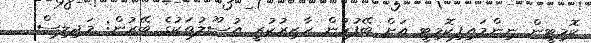
ކޮމިޓީން ނިންމައިފިކޮމިޓީ އަށް ބޭފުޅުން ހާޒިރުކުރީ އުސޫލުތަކުގެ ބޭރުން: މަޖިލިސް